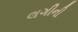
લગીની